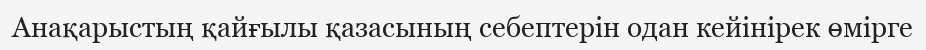
Анақарыстың қайғылы қазасының себептерін одан кейінірек өмірге